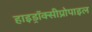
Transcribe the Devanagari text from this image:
हाइड्रॉक्सीप्रोपाइल